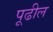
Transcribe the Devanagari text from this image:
पूढील